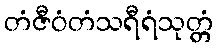
တံဇီဝံတံသရီရံသုတ္တံ